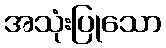
အသုံးပြုသော